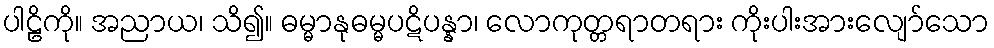
ပါဠိကို။ အညာယ၊ သိ၍။ ဓမ္မာနုဓမ္မပဋိပန္နာ၊ လောကုတ္တရာတရား ကိုးပါးအားလျော်သော